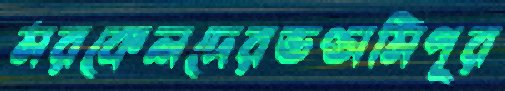
মরকেলদেরভণ্ডামিপূর